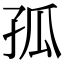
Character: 孤